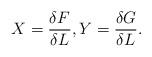
LaTeX: \begin{align*}X=\frac{\delta F}{\delta L},Y=\frac{\delta G}{\delta L}.\end{align*}